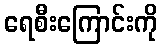
ရေစီးကြောင်းကို